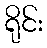
ရိုင်း